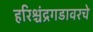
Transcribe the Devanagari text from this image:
हरिश्चंद्रगडावरचे